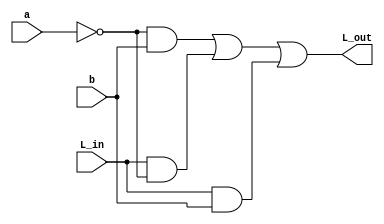
module Compare_1Bit(L_out, a, b, L_in);
	
	output L_out;
	input a, b, L_in;

	wire not_a;
	wire nota_b;
	wire lin_nota;
	wire lin_b;

	not	not0	(not_a, a);

	and	and0	(nota_b, not_a, b);
	and	and1	(lin_nota, L_in, not_a);
	and	and2	(lin_b, L_in, b);
	
	or		or0	(L_out, nota_b, lin_nota, lin_b);

endmodule